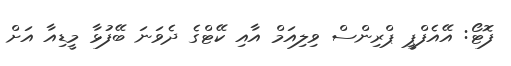
ފޮޓޯ: އޭއެފްޕީ ޕްރިންސް ވިލިއަމް އާއި ކޭޓްގެ ދެވަނަ ބޭފުޅާ މީޑިއާ އަށް